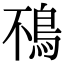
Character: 鴀